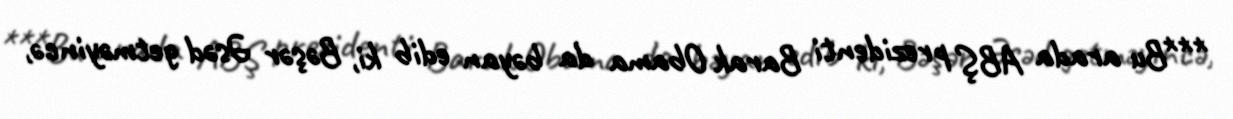
***Bu arada ABŞ prezidenti Barak Obama da bəyan edib ki, Bəşər Əsəd getməyincə,